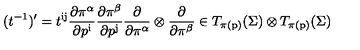
( t ^ { - 1 } ) ^ { \prime } = t ^ { \mathrm { i j } } { \frac { \partial \pi ^ { \alpha } } { \partial p ^ { \mathrm { i } } } } { \frac { \partial \pi ^ { \beta } } { \partial p ^ { \mathrm { j } } } } { \frac { \partial } { \partial \pi ^ { \alpha } } } \otimes { \frac { \partial } { \partial \pi ^ { \beta } } } \in T _ { \pi ( \mathrm { p } ) } ( \Sigma ) \otimes T _ { \pi ( \mathrm { p } ) } ( \Sigma )